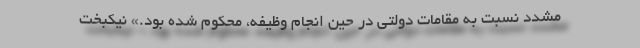
مشدد نسبت به مقامات دولتی در حین انجام وظیفه، محکوم شده بود.» نیکبخت